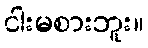
ငါးမစားဘူး။